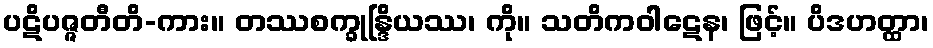
ပဋိပဇ္ဇတီတိ-ကား။ တဿစက္ခုန္ဒြိယဿ၊ ကို။ သတိကဝါဋေန၊ ဖြင့်။ ပိဒဟတ္ထာ၊